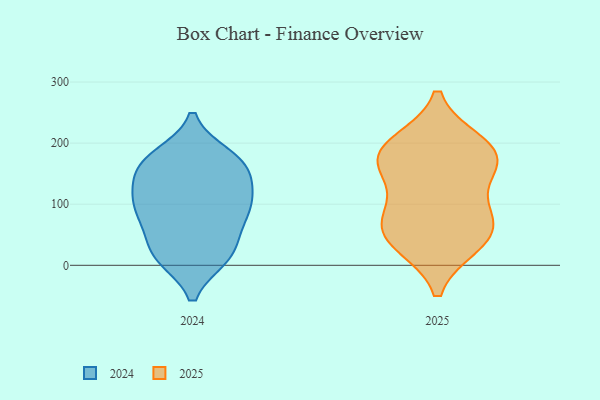
{"axis": {"x": "Waste Production (Tons)", "y": "Value"}, "legend": ["2024", "2025"], "data": [{"x": "", "y": 86, "type": "2025"}, {"x": "", "y": 36, "type": "2025"}, {"x": "", "y": 178, "type": "2025"}, {"x": "", "y": 159, "type": "2025"}, {"x": "", "y": 83, "type": "2025"}, {"x": "", "y": 42, "type": "2025"}, {"x": "", "y": 188, "type": "2025"}, {"x": "", "y": 56, "type": "2025"}, {"x": "", "y": 198, "type": "2025"}, {"x": "", "y": 167, "type": "2025"}, {"x": "", "y": 90, "type": "2024"}, {"x": "", "y": 62, "type": "2024"}, {"x": "", "y": 174, "type": "2024"}, {"x": "", "y": 132, "type": "2024"}, {"x": "", "y": 155, "type": "2024"}, {"x": "", "y": 16, "type": "2024"}, {"x": "", "y": 179, "type": "2024"}, {"x": "", "y": 101, "type": "2024"}, {"x": "", "y": 107, "type": "2024"}, {"x": "", "y": 55, "type": "2024"}, {"x": "", "y": 88, "type": "2024"}, {"x": "", "y": 169, "type": "2024"}, {"x": "", "y": 17, "type": "2024"}, {"x": "", "y": 102, "type": "2024"}, {"x": "", "y": 170, "type": "2024"}, {"x": "", "y": 13, "type": "2024"}, {"x": "", "y": 14, "type": "2024"}, {"x": "", "y": 141, "type": "2024"}]}